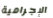
الإجرامية